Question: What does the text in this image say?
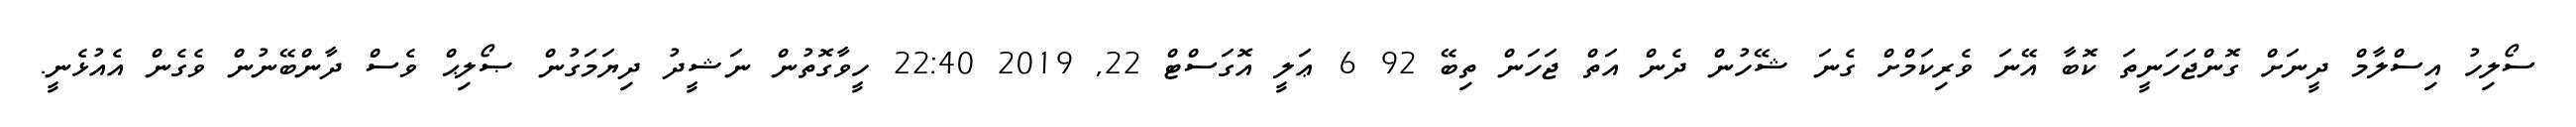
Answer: ސޯލިހު އިސްލާމް ދީނަށް ގޮންޖަހަނީތަ ކޮބާ އޭނަ ވެރިކަމްށް ގެނަ ޝޭހުން ދެން އަތް ޖަހަން ތިބޭ 92 6 ޢަލީ އޮގަސްޓް 22, 2019 22:40 ހީވާގޮތުން ނަޝީދު ދިޔަމަގުން ޞޯލިޙް ވެސް ދާންބޭނުން ވެގެން އެއުޅެނީ.